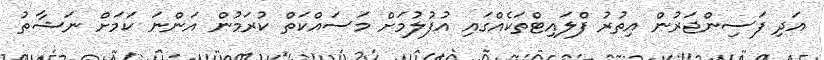
އަދި ފަސިންޖަރުން އިތުރު ފްލައިޓްތަކެއްގައި އުފުލުމަށް މަސައްކަތް ކުރަމުން އަންނަ ކަމަށް ނަޝާތު